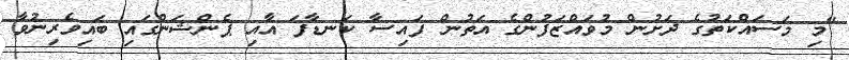
"މި މަސައްކަތުގެ ދަށުން މުވައްޒަފުންގެ އަތުން ފައިސާ ކަނޑާފަ އާއި ޕެންޝަންގައި ބައިވެރިނުވާ